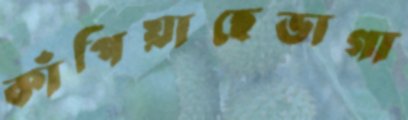
কাঁপিয়াছেভাগা